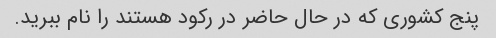
پنج کشوری که در حال حاضر در رکود هستند را نام ببرید.